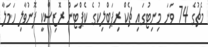
މެޗުގެ 74 ވަނަ މިނިޓުގައި ޗެކް ރިޕަބްލިކުގެ ކެޕްޓަން ރޮޒިސްކީ ފޮނުވާލި ހަމަލާ